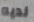
لديه